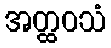
အတ္ထဝသံ